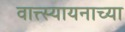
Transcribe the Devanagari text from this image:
वात्त्स्यायनाच्या